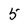
Character: 5